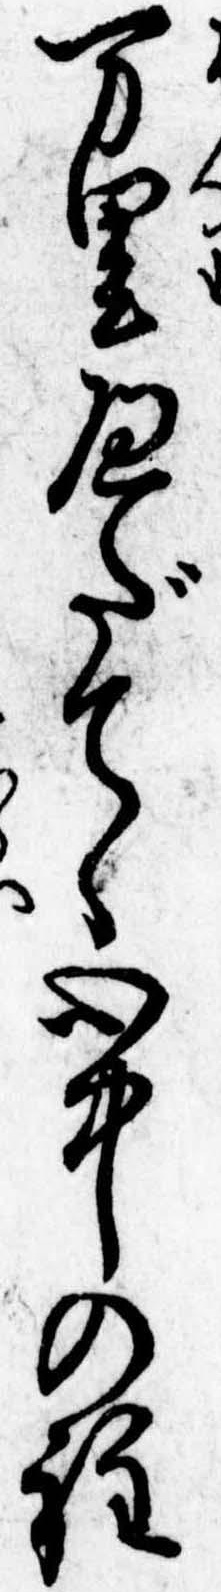
万里へだてゝ心中の程